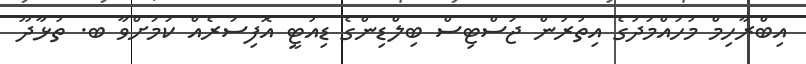
އިބްރާހިމް މުހައްމަދުގެ އިތުރުން ޖަސްޓިސް ބިލްޑިންގެ ޑިއުޓީ އޮފިސަރެއް ކަމަށްވާ ބ. ތުޅާދޫ